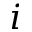
i